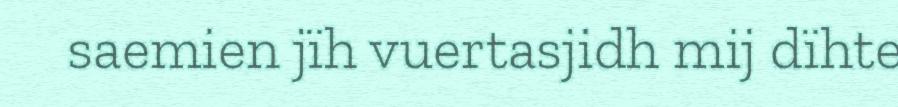
saemien jïh vuertasjidh mij dïhte